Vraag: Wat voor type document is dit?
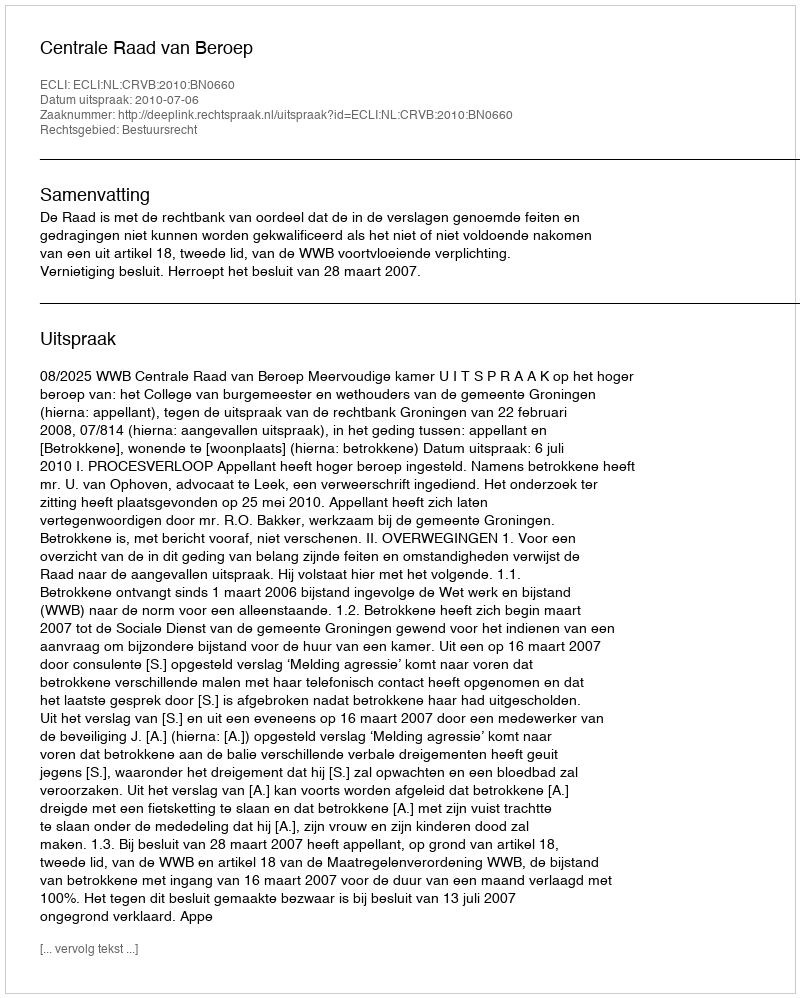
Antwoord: Uitspraak